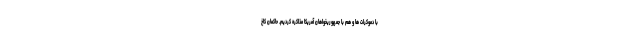
با دموکرات‌ ها و هم با جمهوریخواهان آمریکا مذاکره کردیم. حاکمان کاخ